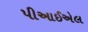
પીઆઈએલ